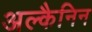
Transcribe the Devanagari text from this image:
अल्कैनिन